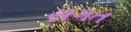
સગત